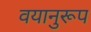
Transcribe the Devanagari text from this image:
वयानुरूप